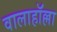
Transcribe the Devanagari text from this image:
वालाहाॅल्ला